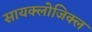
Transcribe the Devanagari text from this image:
सायक्लोजिक्ल